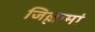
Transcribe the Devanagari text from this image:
जिल्लामां